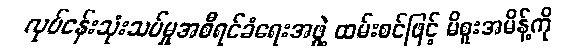
လုပ်ငန်းသုံးသပ်မှုအစီရင်ခံရေးအဖွဲ့ ထမ်းစင်ဖြင့် မိစူးအမိန့်ကို